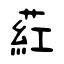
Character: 葒